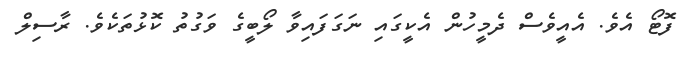
ފޮޓޯ އެވެ. އެއީވެސް ދެމީހުން އެކީގައި ނަގަފައިވާ ލޯބީގެ ވަގުތު ކޮޅުތަކެވެ. ރާސިލް